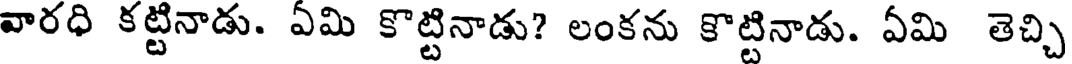
వారధి కట్టినాడు. ఏమి కొట్టినాడు? లంకను కొట్టినాడు. ఏమి తెచ్చి